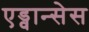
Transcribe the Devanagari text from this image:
एड्वान्सेस